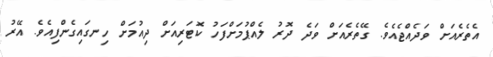
އެތެރެއަށް ވަދެއްޖެއެވެ. ގޭތެރެއަށް ވަދެ ދޮރު ލެއްޕުމަށްފަހު ކޮޓަރިއަށް ދިއުމަށް ހިނގައިގެންފިއެވެ. އޭރު